Scottish Certificate of Education, 1963
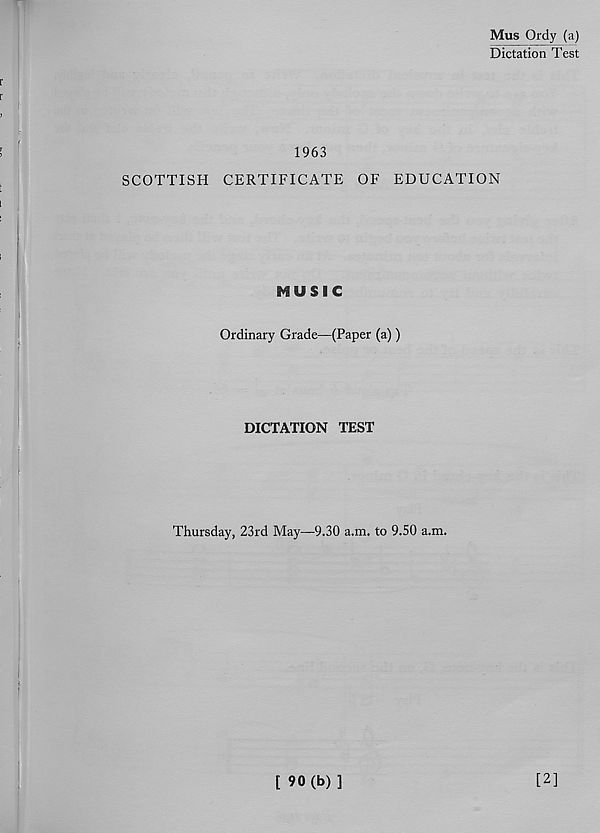
Mus Ordy (a)
Dictation Test
1963
SCOTTISH CERTIFICATE OF EDUCATION
MUSIC
Ordinary Grade—(Paper (a))
DICTATION TEST
Thursday, 23rd May—9.30 a.m. to 9.50 a.m.